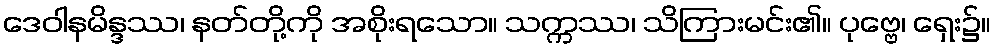
ဒေဝါနမိန္ဒဿ၊ နတ်တို့ကို အစိုးရသော။ သက္ကဿ၊ သိကြားမင်း၏။ ပုဗ္ဗေ၊ ရှေး၌။